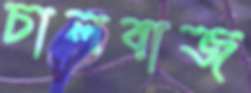
চালবাজ